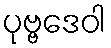
ပုဗ္ဗဒေဝါ